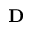
\mathbf { D }